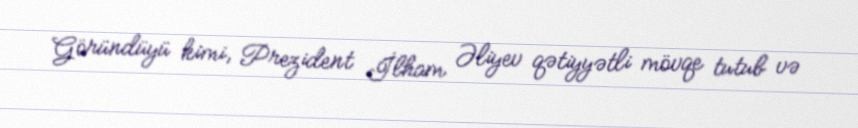
Göründüyü kimi, Prezident İlham Əliyev qətiyyətli mövqe tutub və